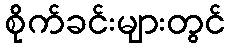
စိုက်ခင်းများတွင်